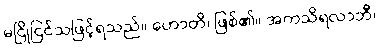
မငြိုငြင်သဖြင့်ရသည်။ ဟောတိ၊ ဖြစ်၏။ အကသိရလာဘီ၊